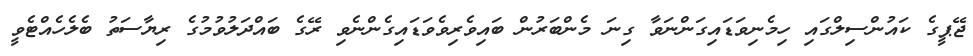
ޖޭޕީގެ ކައުންސިލްގައި ހިމެނިވަޑައިގަންނަވާ ގިނަ މެންބަރުން ބައިވެރިވެވަޑައިގެންނެވި ރޭގެ ބައްދަލުވުމުގެ ރިޔާސަތު ބެލެހެއްޓެވީ